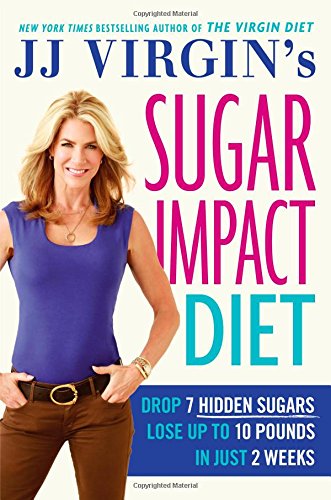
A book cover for JJ Virgin's Sugar Impact Diet: Drop 7 Hidden Sugars, Lose Up to 10 Pounds in Just 2 Weeks; J.J. Virgin; Cookbooks, Food & Wine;